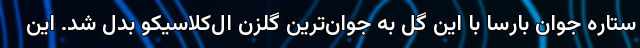
ستاره جوان بارسا با این گل به جوان‌ترین گلزن ال‌کلاسیکو بدل شد. این